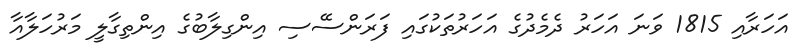
އަހަރާއި 1815 ވަނަ އަހަރު ދެމެދުގެ އަހަރުތަކުގައި ފަރަންސޭސި އިންގިލާބުގެ އިންތިގާލީ މަރުހަލާއާ